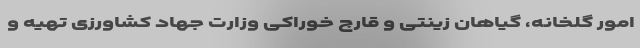
امور گلخانه، گیاهان زینتی و قارچ خوراکی وزارت جهاد کشاورزی تهیه و